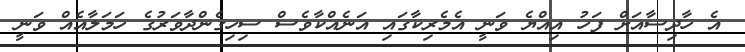
އެ ހާދިސާއަށް ފަހު އިއްޔެ ވަނީ އެމެރިކާގައި އަނެއްކާވެސް ސިހިގެންދާވަރުގެ ހަމަލާއެއް ވަނީ